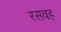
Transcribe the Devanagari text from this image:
रसवह